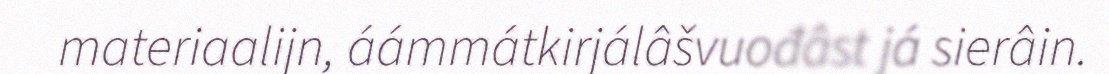
materiaalijn, áámmátkirjálâšvuođâst já sierâin.